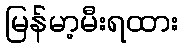
မြန်မာ့မီးရထား